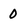
Character: 0